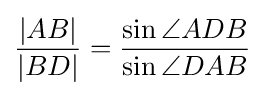
{\frac {|AB|}{|BD|}}={\frac {\sin \angle ADB}{\sin \angle DAB}}